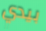
بيدي